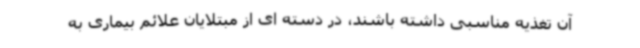
آن تغذیه مناسبی داشته باشند، در دسته ای از مبتلایان علائم بیماری به